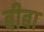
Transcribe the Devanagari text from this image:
बीबा